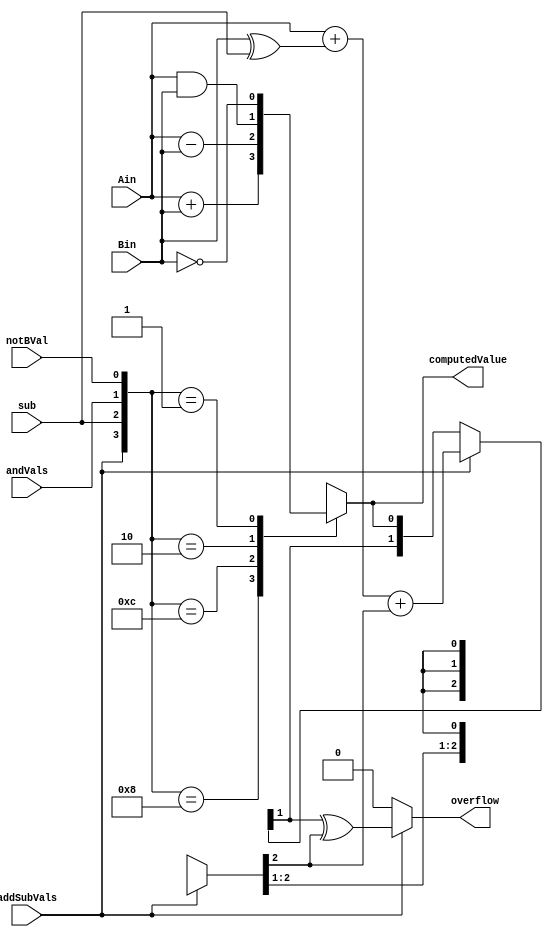
module operation (Ain, Bin, addSubVals, andVals, notBVal, sub, computedValue, overflow);

        parameter width= 1;
        input [width-1:0] Ain, Bin;
        input addSubVals, andVals, notBVal, sub;
        output [width-1:0] computedValue;
	reg [width-1:0] computedValue;
        output overflow;
        wire sign, lastNonSign;
	wire [width-1:0] holder;
        
	always @(*) begin
		case({addSubVals, sub, andVals, notBVal})
			4'b1000: computedValue = Ain + Bin;	//Addition
			4'b1100: computedValue = Ain - Bin;	//Subtraction	
			4'b0010: computedValue = Ain & Bin; 	//And Operation
			4'b0001: computedValue = ~Bin; 		//Not Operation
			default: computedValue = {width{1'bx}};
		endcase
	end

        //Detect overflow
        assign overflow= addSubVals? sign ^ lastNonSign : 1'b0; //XOR gate; if not the same => overflow

	//Used to compute sign and and lastNonSign values to detect for overflow
        //Arithmetic on Non Sign Bits
        //if subtract, then convert to Two's Complement and then add
        assign {lastNonSign, holder[width-2:0]}= addSubVals? Ain[width-2:0] + (Bin[width-2:0] ^ {width-1{sub}}) + sub: {lastNonSign, holder[width-2:0]};
        //Arithmetic on Sign Bits
        assign {sign, holder[width-1]}= addSubVals? Ain[width-1] + (Bin[width-1] ^ sub) + lastNonSign: {sign, computedValue[width-1]};
          
endmodule